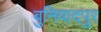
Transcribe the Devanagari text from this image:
बुनियादपुर